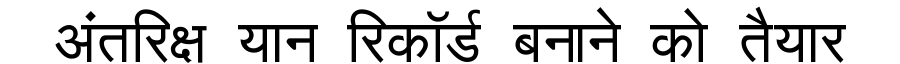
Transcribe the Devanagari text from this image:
अंतरिक्ष यान रिकॉर्ड बनाने को तैयार